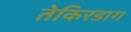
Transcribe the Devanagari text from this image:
तेकिरडाग